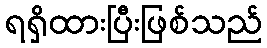
ရရှိထားပြီးဖြစ်သည်